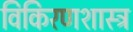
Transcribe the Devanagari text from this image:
विकिरणशास्त्र